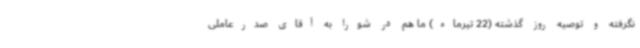
نگرفته و توصیه روز گذشته (22 تیرماه) ما هم در شورا به آقای صدرعاملی